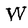
Character: W